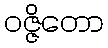
ဝဇ္ဇိတော